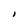
Character: I